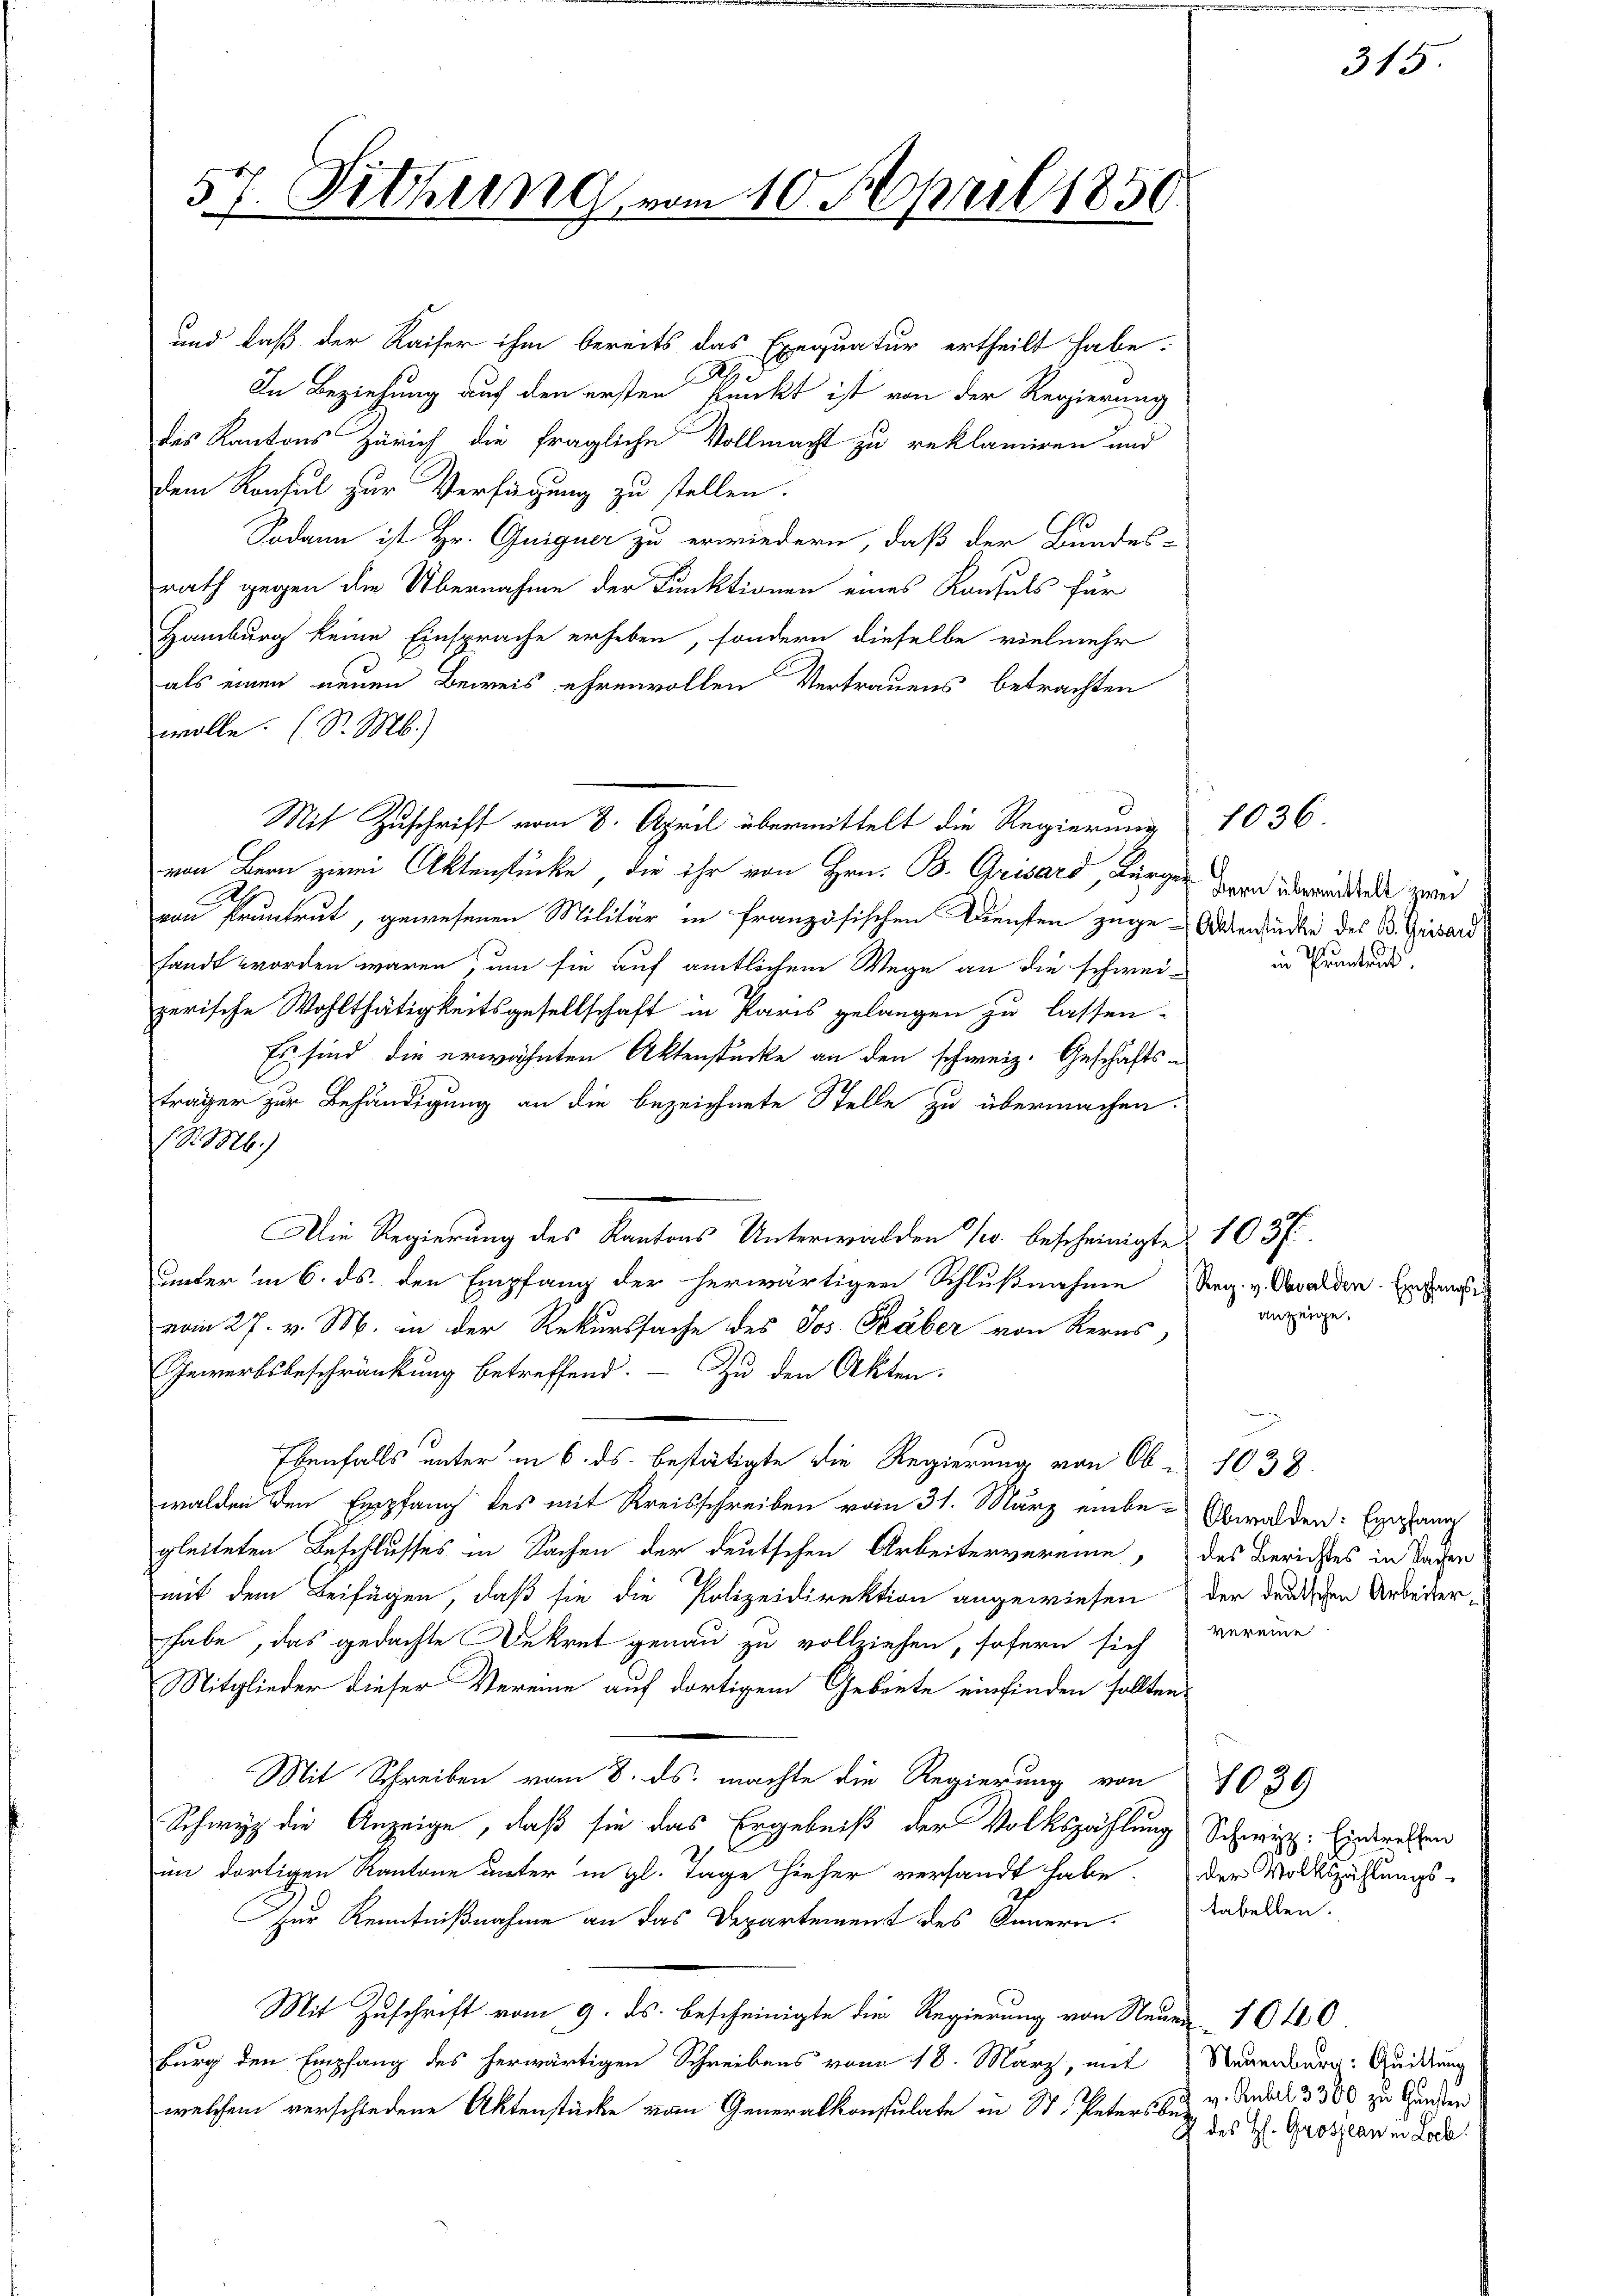
57. Sitzung vom 10. April 1850.

Mit Zuschrift vom 8. April übermittelt die Regierung 1036.
von Bern zimi Aktenstücke, die ihr von Hrn. B. Grisard, Bürger der überwundende zwei

und daß der Kaiser ihm bereits das Exequatur ertheilt habe.
In Beziehung auf den ersten Punkt ist von der Regierung
des Kantons Zürich die fragliche Vollmacht zu reklamiren und
dem Konsul zur Verfügung zu stellen.
Sodann ist Hr. Guiguer zu erwiedern, daß der Bundes-
rath gegen die Übernahme der Funktionen eines Konsuls für
Hamburg keine Einsprache erheben, sondern dieselbe vielmehr
als einen neuen Beweis ehrenvollen Vertrauens betrachten
wolle. (S. M.)
von Pruntrut, gewesenen Militär in Französischen Diensten zuge-Actenstücke des B. Grisard
sandt worden wären, um sie auf amtlichem Wege an die schwei- in Freund,
zerische Wohlthätigkeitsgesellschaft in Paris gelangen zu lassen-
Es sind die erwähnten Aktenstücke an den schweiz. Geschäftsträger zur Behändigung an die bezeichnete Stelle zu übermachen.
J S. M.)
Die Regierung des Kantons Unterwalden 1. bescheinigte 103 f
unter in 6. ds. den Empfang der herwärtigen Schlußnahme Sarg. v. Obwalden. Hofma
vom 27. v. M. in der Rekurssache des Jos. Haber von Kerns
Gewerbsbeschränkung betreffend. — Zu den Akten.
Ebenfalls unter in 6. ds. bestätigte die Regierung von Ob 1038.
walden den Empfang des mit Kreisschreiben vom 31. März einbe-Obwalden: Erlang
gleiteten Beschlusses in Sachen der deutschen Arbeitervereine, das Berichtes in Sachen
mit dem Beifügen, daß sie die Polizeidirektion angewiesen der deutschen Arbeiter-
habe, das gedachte Dekret genau zu vollziehen, sofern sich veraine.
Mitglieder dieser Vereine auf dortigem Gebiete einfinden sollten.
Mit Schreiben vom 8. ds. machte die Regierung von 1030
Schwyz die Anzeige, daß sie das Ergebniß der Volkszählung Schweiz. Eindralen
im dortigen Kantone unter in gl. Tage hieher versandt habe. Der Volkszählungs-
Zur Kenntnißnahme an das Departement des Innern. Tabellen.
Mit Zuschrift vom 9. ds. bescheinigte die Regierung von Neuen 10100.
Burg den Empfang des herwärtigen Schreibens von 18. März, mit Nauenburg: Quittung
welchem verschiedene Aktenstücke vom Generalkonsulate in St. Peters be-

anzeige.

315

u
v. Rubel 3300 zu Gunsten
2 des H. Grosseau in Loch.